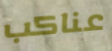
عناكب